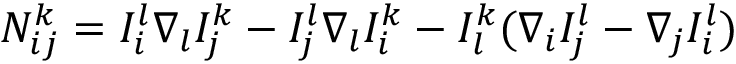
N _ { i j } ^ { k } = I _ { i } ^ { l } \nabla _ { l } I _ { j } ^ { k } - I _ { j } ^ { l } \nabla _ { l } I _ { i } ^ { k } - I _ { l } ^ { k } ( \nabla _ { i } I _ { j } ^ { l } - \nabla _ { j } I _ { i } ^ { l } )